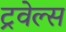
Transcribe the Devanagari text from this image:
ट्रवेल्स